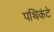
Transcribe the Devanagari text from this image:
पथिकंटे